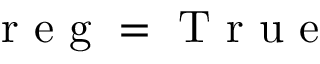
\mathrm { ~ r ~ e ~ g ~ } = \mathrm { ~ T ~ r ~ u ~ e ~ }